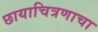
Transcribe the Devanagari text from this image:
छायाचित्रणाचा